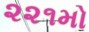
૨૨૧મો